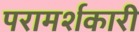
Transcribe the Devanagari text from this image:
परामर्शकारी